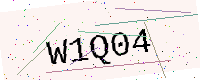
Text: W1Q04